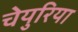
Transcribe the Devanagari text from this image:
चेयुरिया